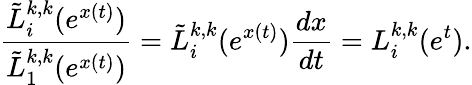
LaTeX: \frac{\tilde{L}_{i}^{k,k}(e^{x(t)})}{\tilde{L}_{1}^{k,k}(e^{x(t)})}=\tilde{L}_{i}^{k,k}(e^{x(t)}){\frac{dx}{dt}}=L_{i}^{k,k}(e^{t}).